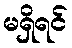
မရှိရင်